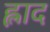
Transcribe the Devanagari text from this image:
ह्लाद